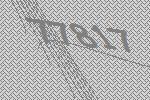
77817